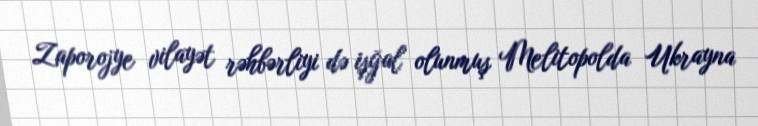
Zaporojye vilayət rəhbərliyi də işğal olunmuş Melitopolda Ukrayna